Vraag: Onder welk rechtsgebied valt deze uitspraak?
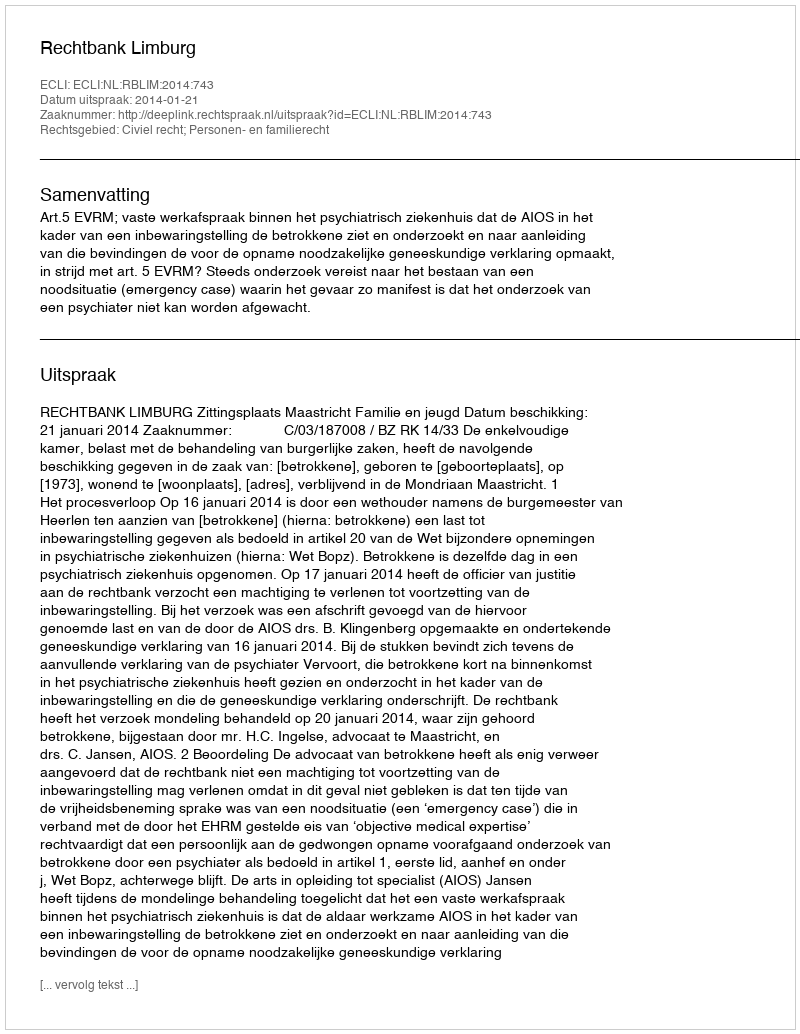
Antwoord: Civiel recht; Personen- en familierecht